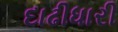
દાઢીધારી